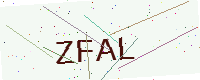
Text: ZFAL